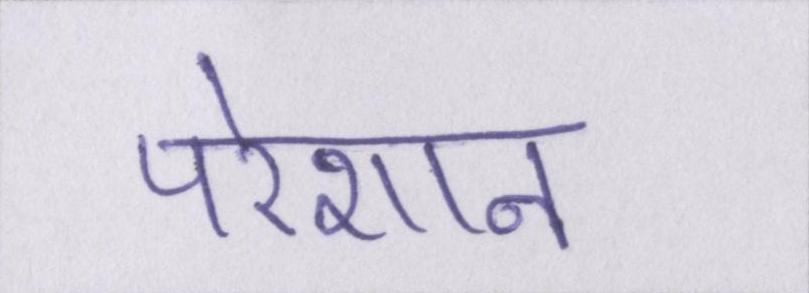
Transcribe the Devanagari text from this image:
परेशान